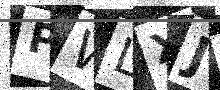
Text: PWLXJG